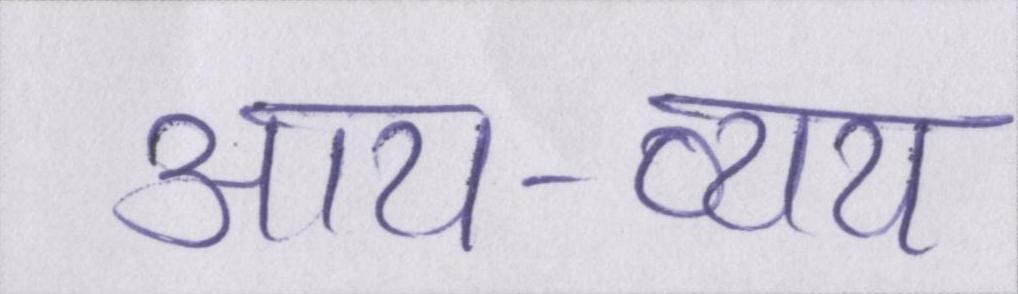
आय-व्यय